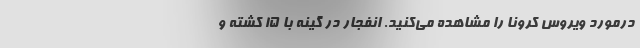
درمورد ویروس کرونا را مشاهده می‌کنید. انفجار در گینه با ۱۵ کشته و